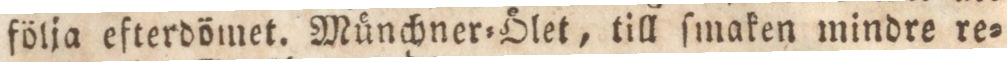
följa efterdömet. Münchner=Ölet, till ſmaken mindre re=